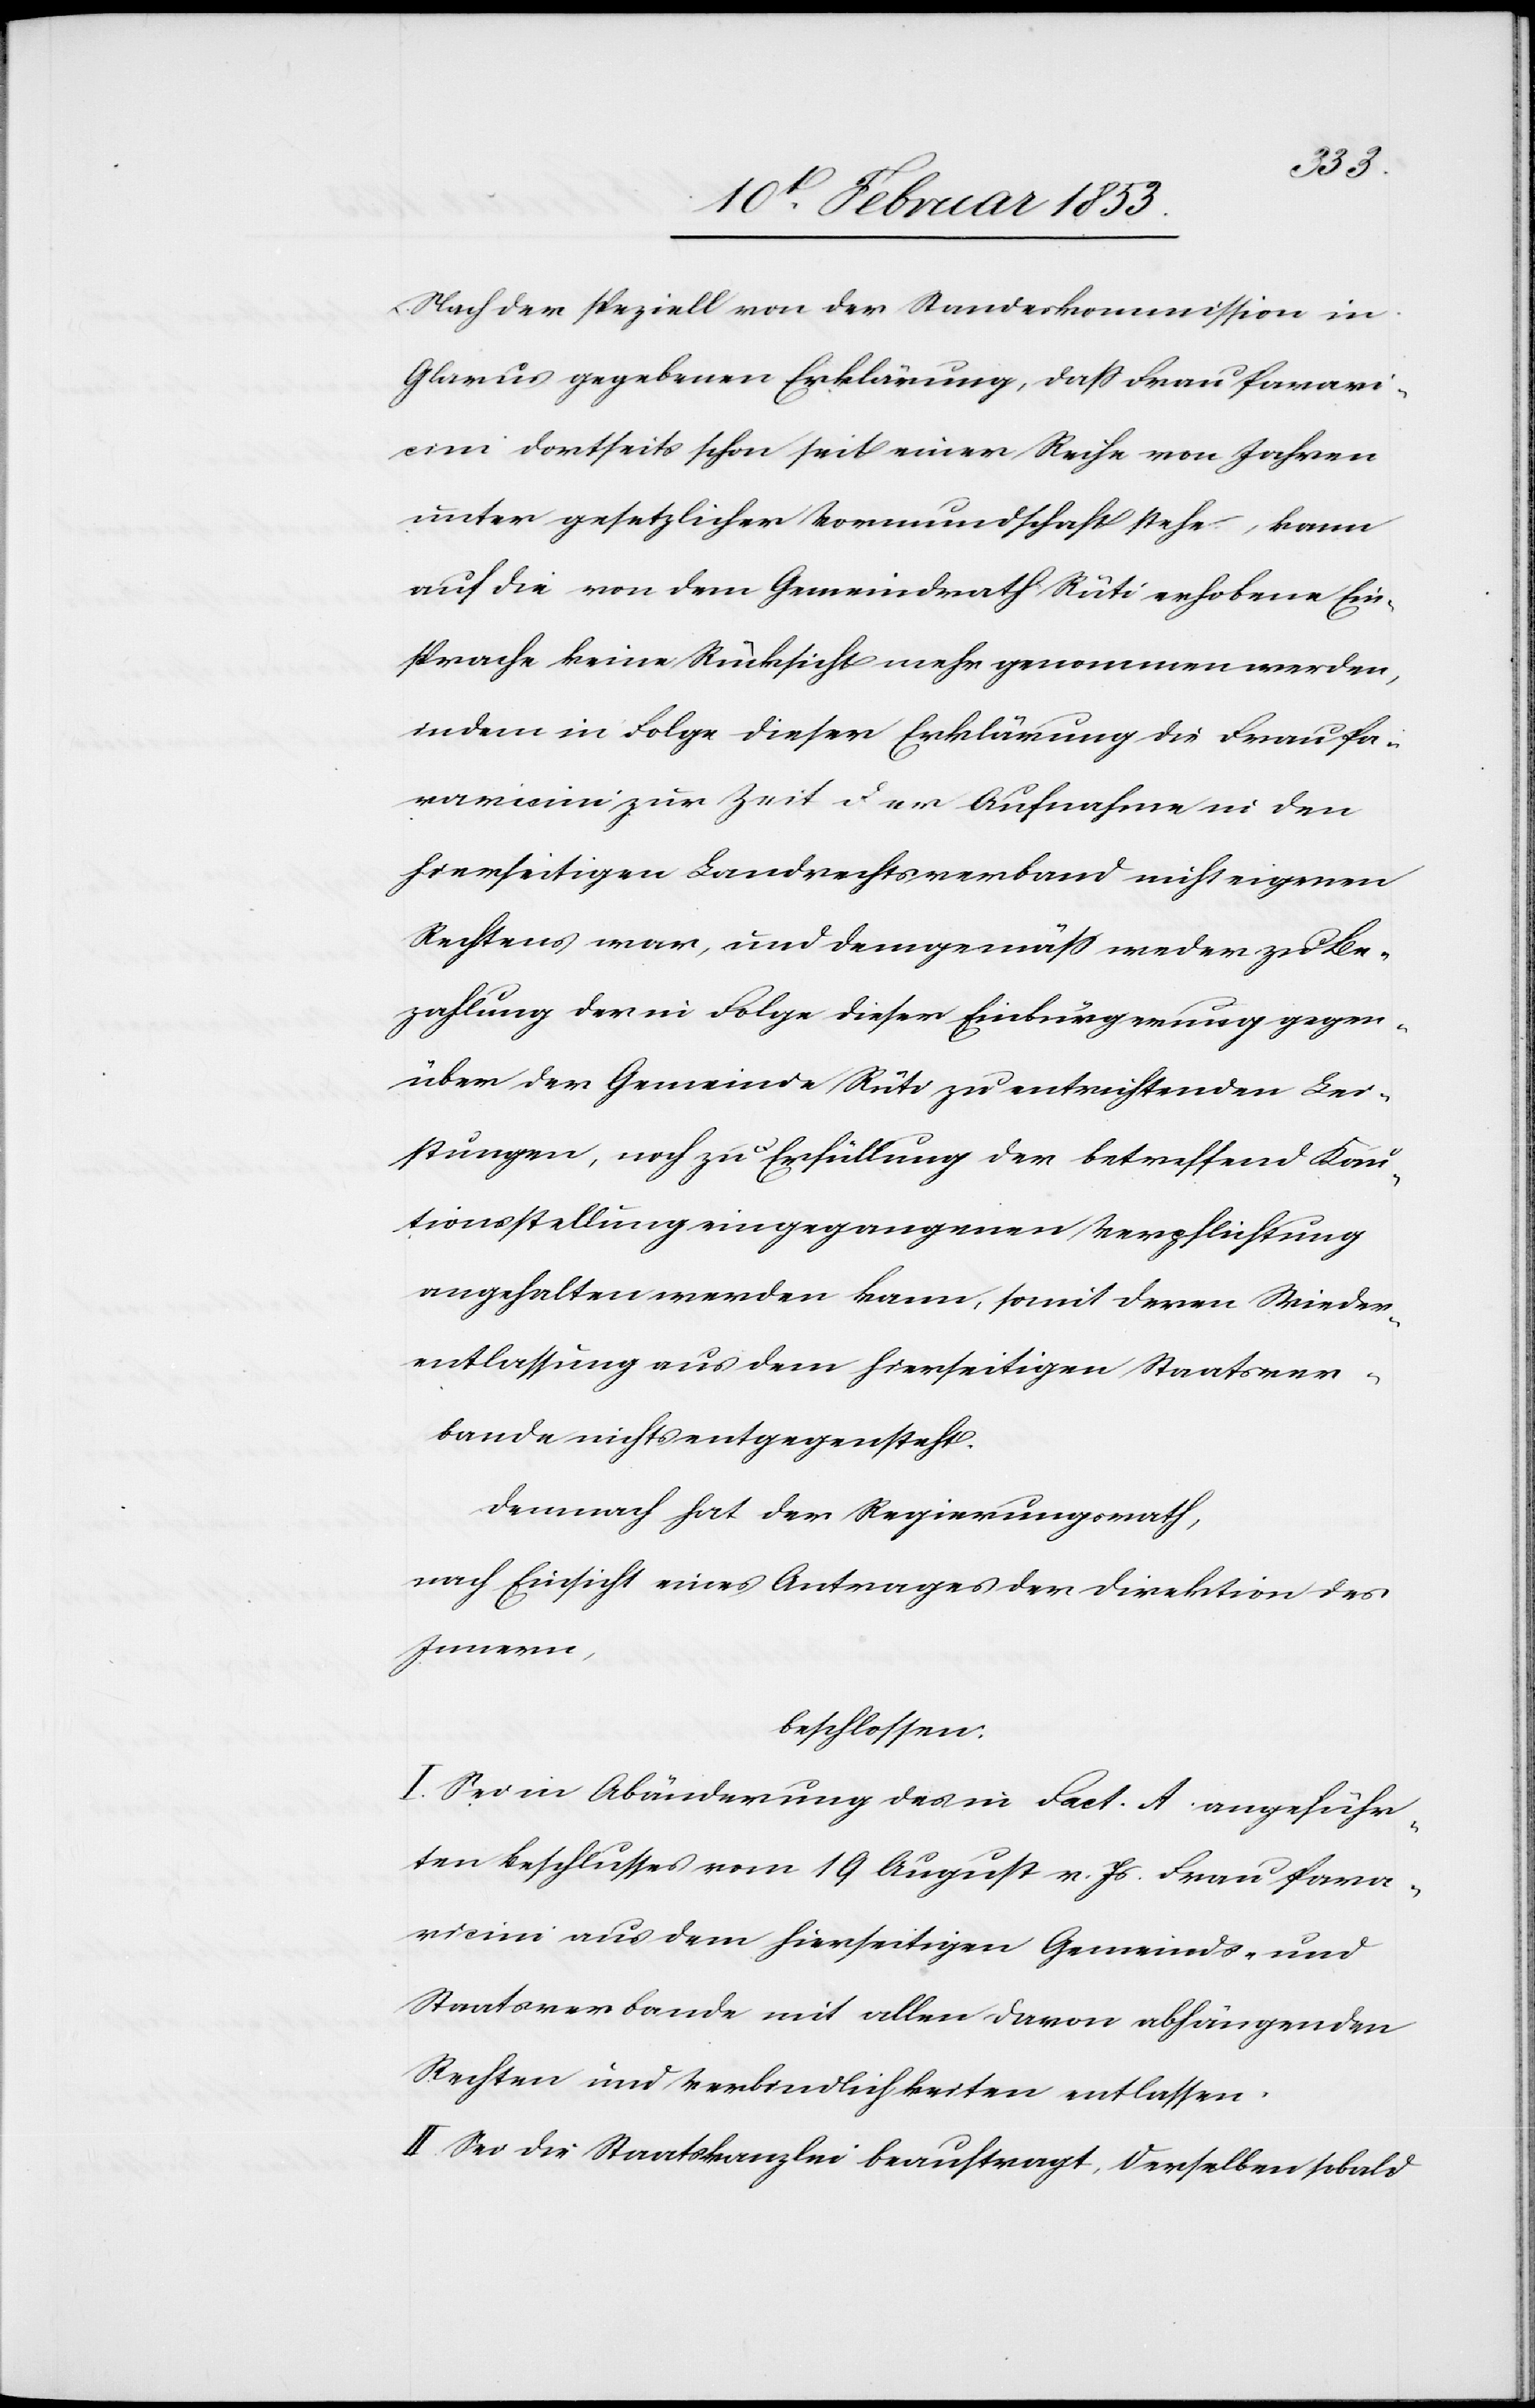
Nach der speziell von der Standeskommission in
Glarus gegebenen Erklärung, daß Frau Paravi¬
cini dortseits schon seit einer Reihe von Jahren
unter gesetzlicher Vormundschaft stehe, kann
auf die von dem Gemeindrath Rüti erhobene Ein¬
sprache keine Rücksicht mehr genommen werden,
indem in Folge dieser Erklärung die Frau Pa¬
ravicini zur Zeit der Aufnahme in den
hierseitigen Landrechtsverband nicht eigenen
Rechtens war, und demgemäß weder zu Be¬
zahlung der in Folge dieser Einbürgerung gegen¬
über der Gemeinde Rüti zu entrichtenden Lei¬
stungen, noch zu Erfüllung der betreffend Kau¬
tionsstellung eingegangenen Verpflichtung
angehalten werden kann, somit deren Wieder¬
entlassung aus dem hierseitigen Staatsver¬
bande nichts entgegensteht.
Demnach hat der Regierungsrath,
nach Einsicht eines Antrages der Direktion des
Innern,
beschlossen:
I. Sei in Abänderung des in Fact. A. angeführ¬
ten Beschlusses vom 19 August v. Js. Frau Para¬
vicini aus dem hierseitigen Gemeinds- und
Staatsverbande mit allen davon abhängenden
Rechten und Verbindlichkeiten entlassen.
II. Sei die Staatskanzlei beauftragt, derselben sobald